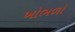
ખોભળો